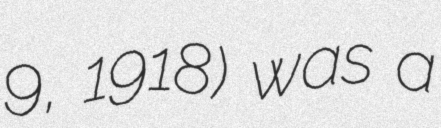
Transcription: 9, 1918) was a